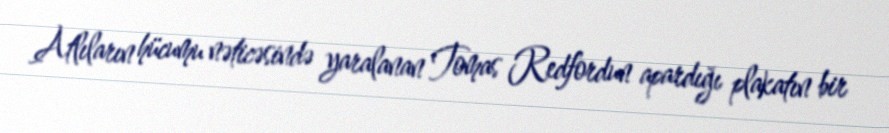
Atlıların hücumu nəticəsində yaralanan Tomas Redfordun apardığı plakatın bir